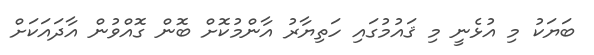
ބަޔަކު މި އުޅެނީ މި ޤައުމުގައި ހަތިޔާރު އާންމުކޮށް ބޮން ގޮއްވުން އާދައަކަށް